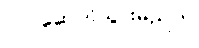
လုပ်ဆောင်သွားမည်ဟု